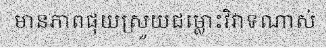
មានភាពផុយស្រួយជម្លោះវិវាទណាស់